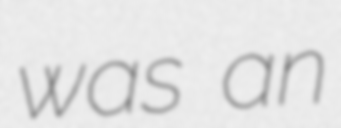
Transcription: was an